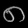
Digit: ၈